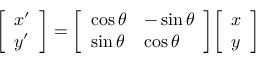
{ \left[ \begin{array} { l } { x ^ { \prime } } \\ { y ^ { \prime } } \end{array} \right] } = { \left[ \begin{array} { l l } { \cos \theta } & { - \sin \theta } \\ { \sin \theta } & { \cos \theta } \end{array} \right] } { \left[ \begin{array} { l } { x } \\ { y } \end{array} \right] }